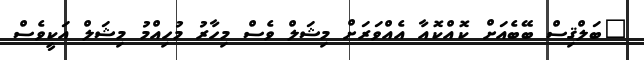
"ބަލްޤިސް ބޭބެއަށް ކޮއްކޮއާ އެއްވަރަށް މިޝަލް ވެސް މިހާރު މުހިއްމު މިޝަލް އަކީވެސް